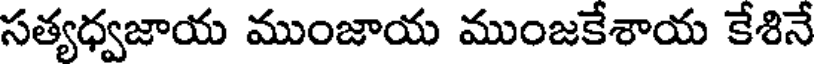
సత్యధ్వజాయ ముంజాయ ముంజకేశాయ కేశినే